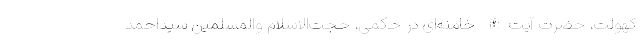
کهولت، حضرت آیت‌الله خامنه‌ای در حکمی، حجت‌الاسلام والمسلمین سیداحمد